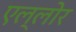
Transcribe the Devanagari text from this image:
एल्लोर